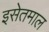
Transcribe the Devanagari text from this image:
इसेतमाल